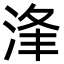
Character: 浲